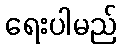
ရေးပါမည်